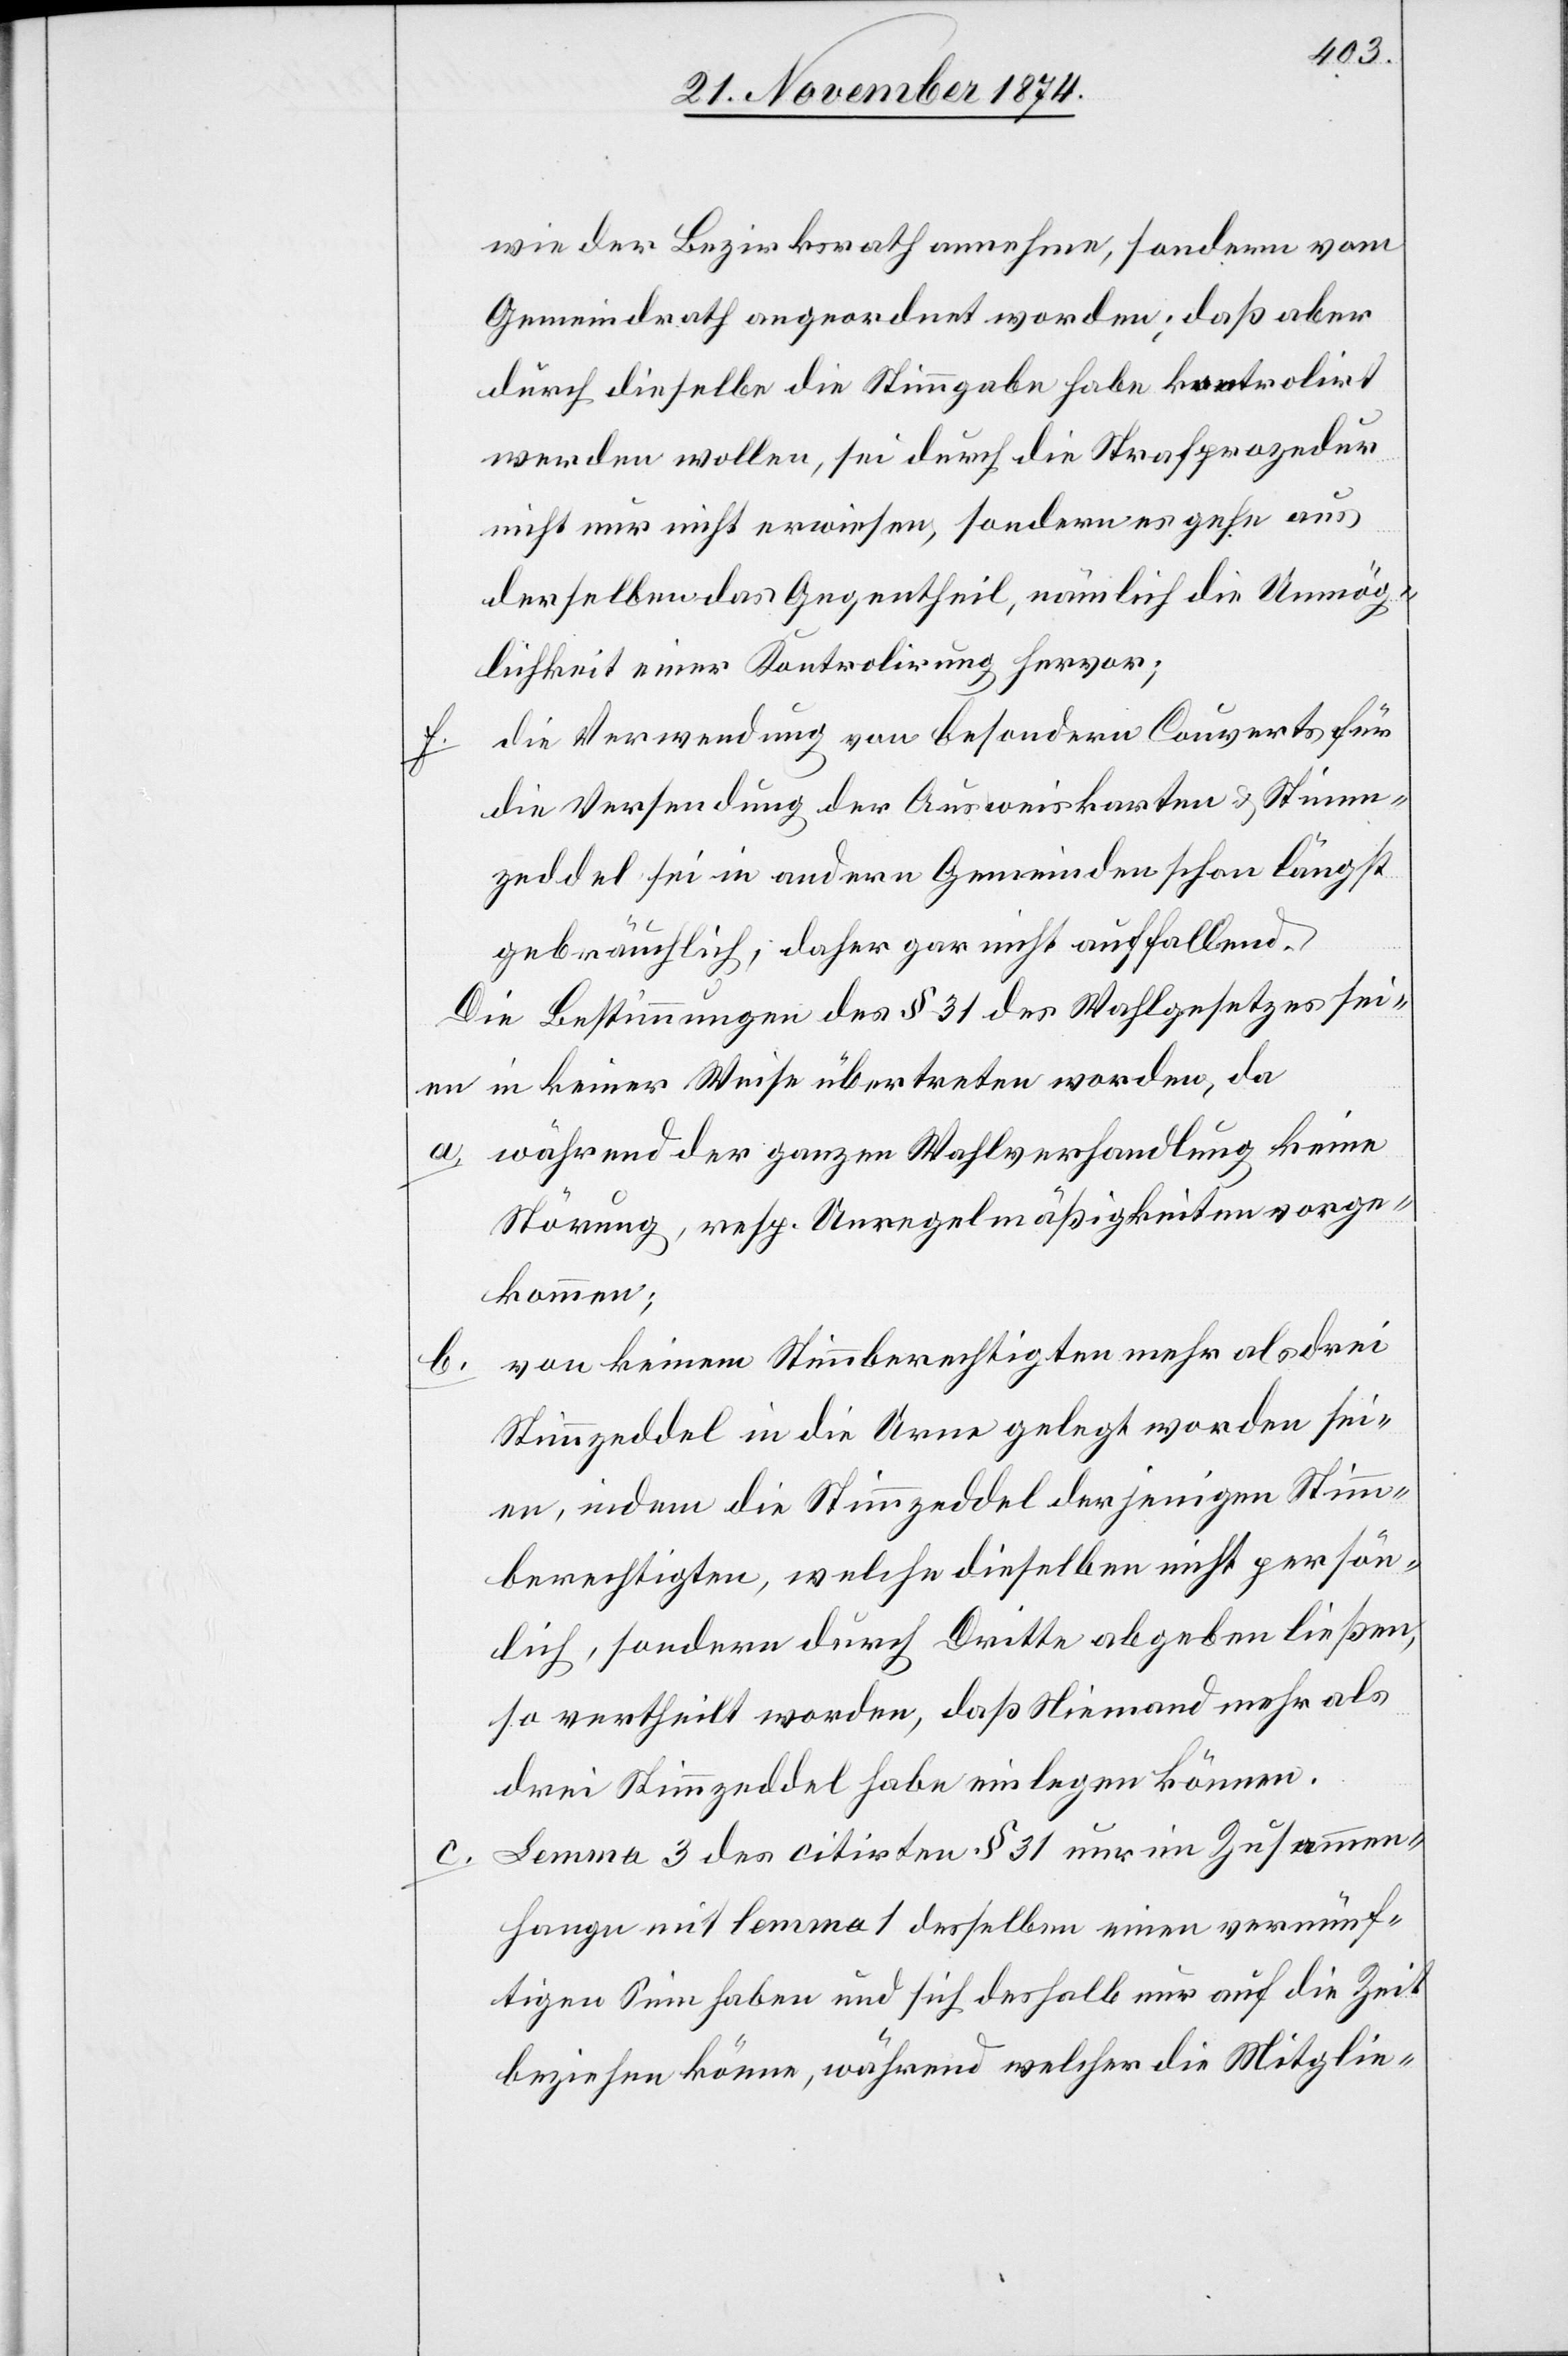
f.

wie der Bezirksrath annehme, sondern vom
Gemeindrath angeordnet worden; daß aber
durch dieselbe die Stimmgabe habe kontrolirt
werden wollen, sei durch die Strafprozedur
nicht nur nicht erwiesen, sondern es gehe aus
derselben das Gegentheil, nämlich die Unmög¬
lichkeit einer Kontrolirung hervor;
die Verwendung von besondern Couverts für
die Versendung der Ausweiskarten & Stimm¬
zeddel sei in andern Gemeinden schon längst
gebräuchlich, daher gar nicht auffallend.
Die Bestimmungen des § 31 des Wahlgesetzes sei¬
en in keiner Weise übertreten worden, da
a. während der ganzen Wahlverhandlung keine
Störung, resp. Unregelmäßigkeiten vorge¬
kommen;
b. von keinem Stimmberechtigten mehr als drei
Stimmzeddel in die Urne gelegt worden sei¬
en, indem die Stimmzeddel derjenigen Stimm¬
berechtigten, welche dieselben nicht persön¬
lich, sondern durch Dritte abgeben ließen,
so vertheilt worden, daß Niemand mehr als
drei Stimmzeddel habe einlegen können.
Lemma 3 des citirten § 31 nur im Zusammen¬
hange mit lemma 1 desselben einen vernünf¬
tigen Sinn haben und sich deshalb nur auf die Zeit
beziehen könne, während welcher die Mitglie-